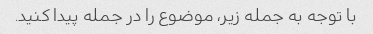
با توجه به جمله زیر، موضوع را در جمله پیدا کنید.